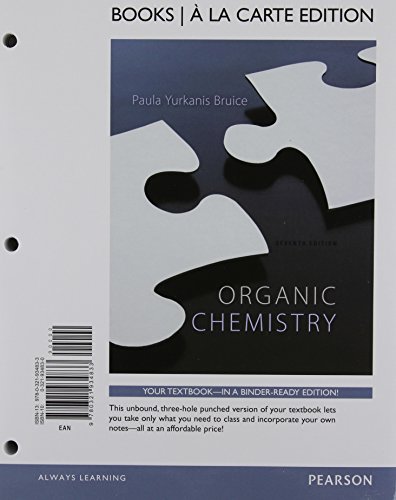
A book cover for Study Guide and Student Solutions Manual for Organic Chemistry, Books a la Carte Edition (7th Edition); Paula Yurkanis Bruice; Science & Math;